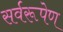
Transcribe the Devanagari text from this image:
सर्वरूपेण